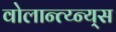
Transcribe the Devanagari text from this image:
वोलान्त्य्न्य्स